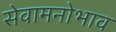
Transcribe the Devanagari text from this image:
सेवामनोभाव